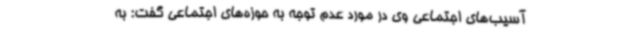
آسیب‌های اجتماعی وی در مورد عدم توجه به حوزه‌های اجتماعی گفت: به